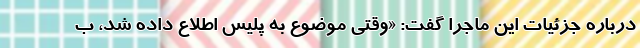
درباره جزئیات این ماجرا گفت: «وقتی موضوع به پلیس اطلاع داده شد، ب